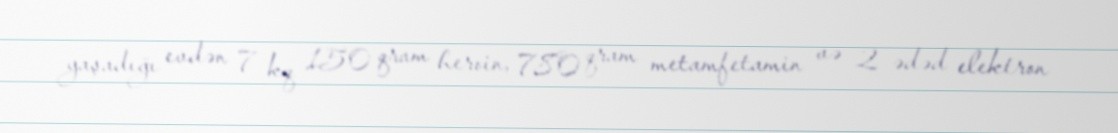
yaşadığı evdən 7 kq 150 qram heroin, 780 qram metamfetamin və 2 ədəd elektron